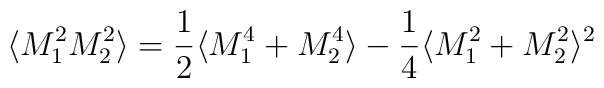
\langle   M_1^2  M_2^2 \rangle =  \frac{1}{2}   \langle M_1^4  + M_2^4\rangle - \frac{1}{4} \langle M_1^2 + M_2^2 \rangle^{2}